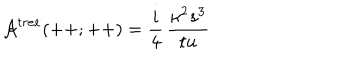
{ \cal A } ^ { t r e e } ( + + ; + + ) = { \frac { i } { 4 } } \, { \frac { \kappa ^ { 2 } s ^ { 3 } } { t u } }